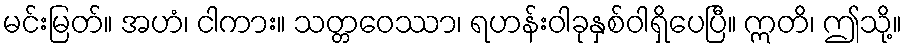
မင်းမြတ်။ အဟံ၊ ငါကား။ သတ္တဝေဿာ၊ ရဟန်းဝါခုနှစ်ဝါရှိပေပြီ။ ဣတိ၊ ဤသို့။